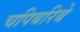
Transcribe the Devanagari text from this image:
चपिबरिबे